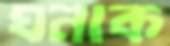
ঘনাক